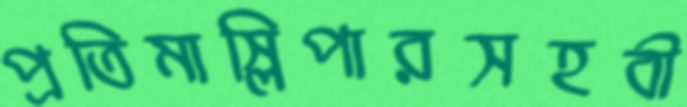
প্রতিমাস্লিপারসহবী